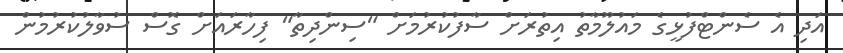
އަދި އެ ސެންޓްފުޅީގެ މައުލޫމާތު އިތުރަށް ސާފުކުރުމަށް "ސިންދިތާ" ފިހާރައަށް ގޮސް ސުވާލުކުރުމުން